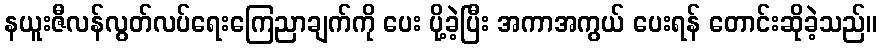
နယူးဇီလန်လွတ်လပ်ရေးကြေညာချက်ကို ပေး ပို့ခဲ့ပြီး အကာအကွယ် ပေးရန် တောင်းဆိုခဲ့သည်။